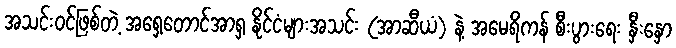
အသင်းဝင်ဖြစ်တဲ့ အရှေ့တောင်အာရှ နိုင်ငံများအသင်း (အာဆီယံ) နဲ့ အမေရိကန် စီးပွားရေး နှီးနှော